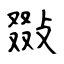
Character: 敠